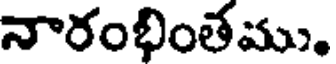
నారంభింతము.